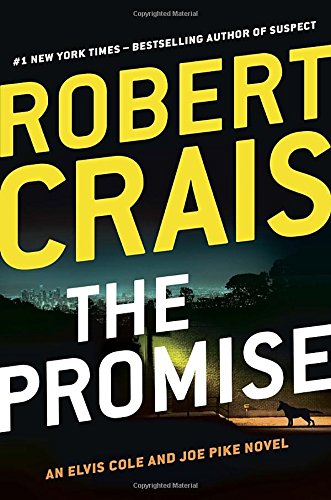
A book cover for The Promise: An Elvis Cole and Joe Pike Novel (An Elvis Cole Novel); Robert Crais; Mystery, Thriller & Suspense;